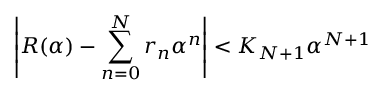
\left| R ( \alpha ) - \sum _ { n = 0 } ^ { N } r _ { n } \alpha ^ { n } \right| < K _ { N + 1 } \alpha ^ { N + 1 }